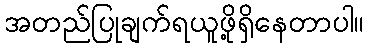
အတည်ပြုချက်ရယူဖို့ရှိနေတာပါ။